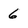
Character: 6